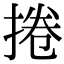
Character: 捲